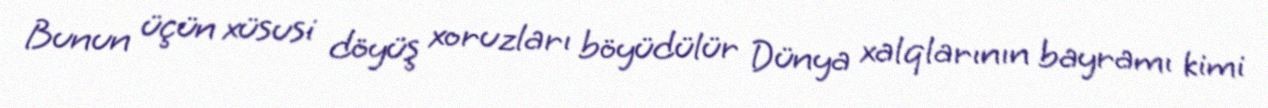
Bunun üçün xüsusi döyüş xoruzları böyüdülür Dünya xalqlarının bayramı kimi